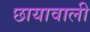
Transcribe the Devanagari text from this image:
छायावाली